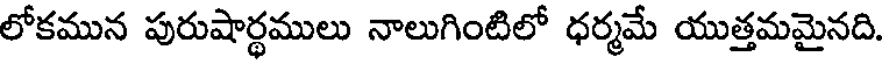
లోకమున పురుషార్థములు నాలుగింటిలో ధర్మమే యుత్తమమైనది.